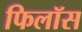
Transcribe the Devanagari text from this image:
फिलॉस